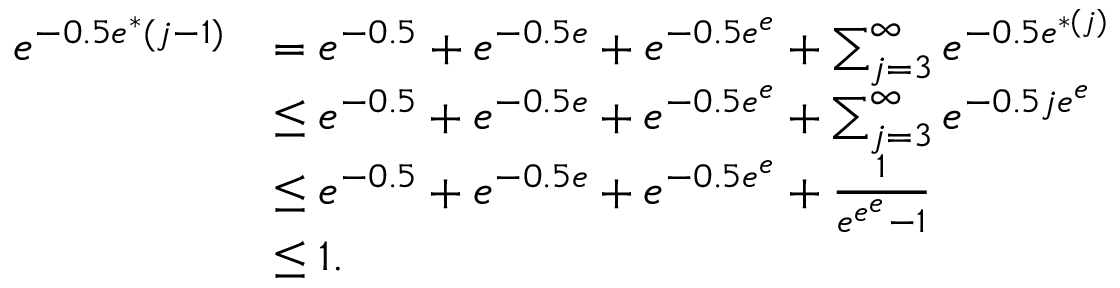
\begin{array} { r l } { e ^ { - 0 . 5 e ^ { * } ( j - 1 ) } } & { = { e ^ { - 0 . 5 } } + { e ^ { - 0 . 5 e } } + { e ^ { - 0 . 5 e ^ { e } } } + \sum _ { j = 3 } ^ { \infty } e ^ { - 0 . 5 { e ^ { * ( j ) } } } } \\ & { \leq { e ^ { - 0 . 5 } } + { e ^ { - 0 . 5 e } } + { e ^ { - 0 . 5 e ^ { e } } } + \sum _ { j = 3 } ^ { \infty } e ^ { - 0 . 5 { j e ^ { e } } } } \\ & { \leq { e ^ { - 0 . 5 } } + { e ^ { - 0 . 5 e } } + { e ^ { - 0 . 5 e ^ { e } } } + \frac 1 { e ^ { e ^ { e } } - 1 } } \\ & { \leq 1 . } \end{array}